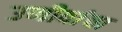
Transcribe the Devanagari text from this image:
उणीवांचा